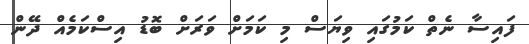
ފައިސާ ނެތް ކަމުގައި ވިޔަސް މި ކަމަށް ވަރަށް ބޮޑު އިސްކަމެއް ދޭން